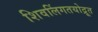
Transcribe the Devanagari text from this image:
शिवलिंगतयोद्रूत